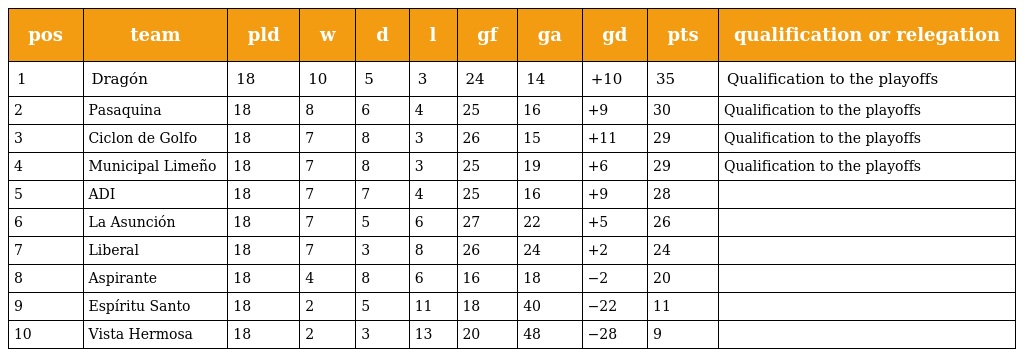
| pos | team | pld | w | d | l | gf | ga | gd | pts | qualification or relegation |
 | --- | --- | --- | --- | --- | --- | --- | --- | --- | --- | --- |
 | 1 | Dragón | 18 | 10 | 5 | 3 | 24 | 14 | +10 | 35 | Qualification to the playoffs |
 | 2 | Pasaquina | 18 | 8 | 6 | 4 | 25 | 16 | +9 | 30 | Qualification to the playoffs |
 | 3 | Ciclon de Golfo | 18 | 7 | 8 | 3 | 26 | 15 | +11 | 29 | Qualification to the playoffs |
 | 4 | Municipal Limeño | 18 | 7 | 8 | 3 | 25 | 19 | +6 | 29 | Qualification to the playoffs |
 | 5 | ADI | 18 | 7 | 7 | 4 | 25 | 16 | +9 | 28 |  |
 | 6 | La Asunción | 18 | 7 | 5 | 6 | 27 | 22 | +5 | 26 |  |
 | 7 | Liberal | 18 | 7 | 3 | 8 | 26 | 24 | +2 | 24 |  |
 | 8 | Aspirante | 18 | 4 | 8 | 6 | 16 | 18 | −2 | 20 |  |
 | 9 | Espíritu Santo | 18 | 2 | 5 | 11 | 18 | 40 | −22 | 11 |  |
 | 10 | Vista Hermosa | 18 | 2 | 3 | 13 | 20 | 48 | −28 | 9 |  |